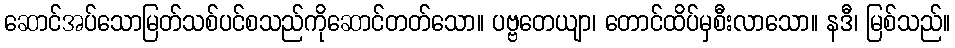
ဆောင်အပ်သောမြတ်သစ်ပင်စသည်ကိုဆောင်တတ်သော။ ပဗ္ဗတေယျာ၊ တောင်ထိပ်မှစီးလာသော။ နဒီ၊ မြစ်သည်။